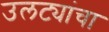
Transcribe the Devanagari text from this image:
उलट्यांचा